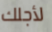
لأجلك